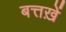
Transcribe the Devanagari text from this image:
बत्तख़ें